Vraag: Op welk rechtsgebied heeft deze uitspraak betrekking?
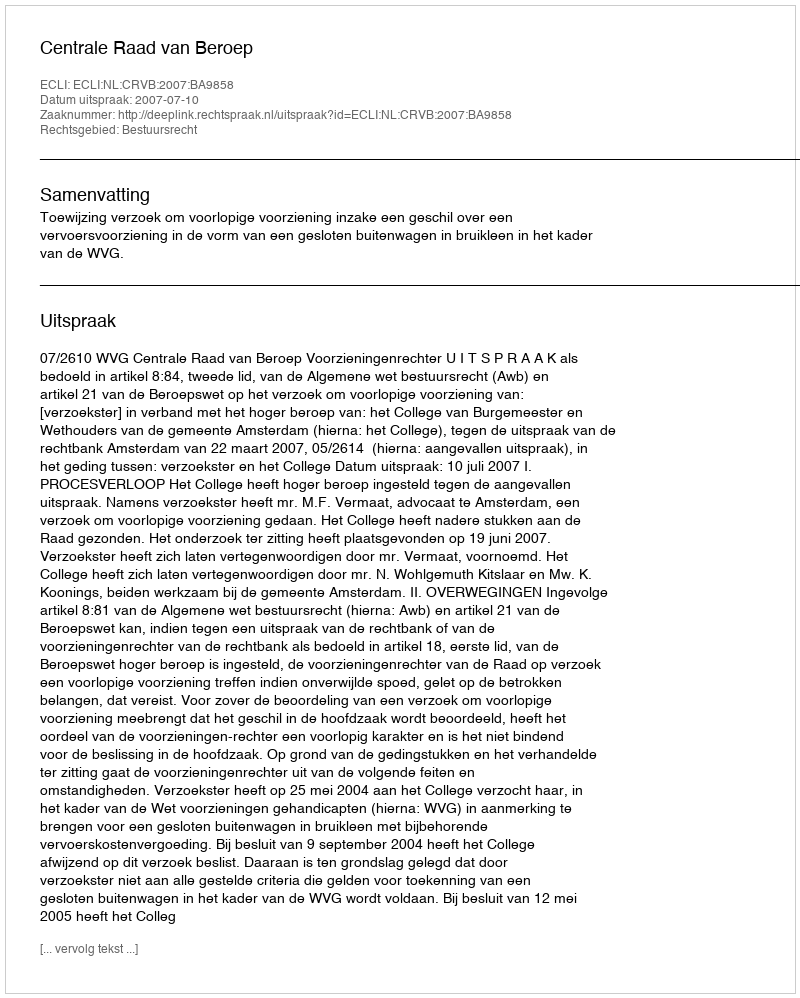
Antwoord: Bestuursrecht